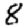
Digit: 8